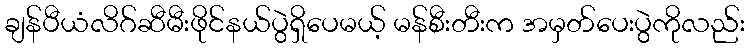
ချန်ပီယံလိဂ်ဆီမီးဖိုင်နယ်ပွဲရှိပေမယ့် မန်စီးတီးက အမှတ်ပေးပွဲကိုလည်း